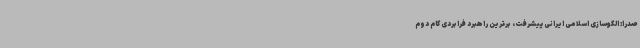
صدرا: الگوسازی اسلامی ایرانی پیشرفت، برترین راهبرد فرابردی گام دوم